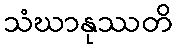
သံဃာနုဿတိ